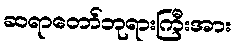
ဆရာတော်ဘုရားကြီးအား